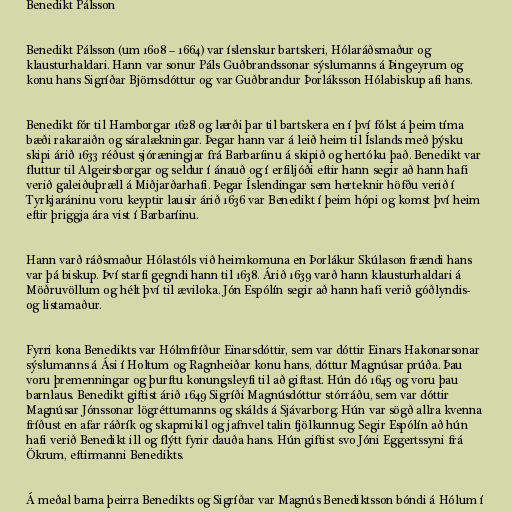
Benedikt Pálsson

Benedikt Pálsson (um 1608 – 1664) var íslenskur bartskeri, Hólaráðsmaður og
klausturhaldari. Hann var sonur Páls Guðbrandssonar sýslumanns á Þingeyrum og
konu hans Sigríðar Björnsdóttur og var Guðbrandur Þorláksson Hólabiskup afi hans.

Benedikt fór til Hamborgar 1628 og lærði þar til bartskera en í því fólst á þeim tíma
bæði rakaraiðn og sáralækningar. Þegar hann var á leið heim til Íslands með þýsku
skipi árið 1633 réðust sjóræningjar frá Barbaríinu á skipið og hertóku það. Benedikt var
fluttur til Algeirsborgar og seldur í ánauð og í erfiljóði eftir hann segir að hann hafi
verið galeiðuþræll á Miðjarðarhafi. Þegar Íslendingar sem herteknir höfðu verið í
Tyrkjaráninu voru keyptir lausir árið 1636 var Benedikt í þeim hópi og komst því heim
eftir þriggja ára vist í Barbaríinu.

Hann varð ráðsmaður Hólastóls við heimkomuna en Þorlákur Skúlason frændi hans
var þá biskup. Því starfi gegndi hann til 1638. Árið 1639 varð hann klausturhaldari á
Möðruvöllum og hélt því til æviloka. Jón Espólín segir að hann hafi verið góðlyndis-
og listamaður.

Fyrri kona Benedikts var Hólmfríður Einarsdóttir, sem var dóttir Einars Hakonarsonar
sýslumanns á Ási í Holtum og Ragnheiðar konu hans, dóttur Magnúsar prúða. Þau
voru þremenningar og þurftu konungsleyfi til að giftast. Hún dó 1645 og voru þau
barnlaus. Benedikt giftist árið 1649 Sigríði Magnúsdóttur stórráðu, sem var dóttir
Magnúsar Jónssonar lögréttumanns og skálds á Sjávarborg. Hún var sögð allra kvenna
fríðust en afar ráðrík og skapmikil og jafnvel talin fjölkunnug. Segir Espólín að hún
hafi verið Benedikt ill og flýtt fyrir dauða hans. Hún giftist svo Jóni Eggertssyni frá
Ökrum, eftirmanni Benedikts.

Á meðal barna þeirra Benedikts og Sigríðar var Magnús Benediktsson bóndi á Hólum í